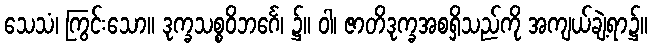
သေသံ၊ ကြွင်းသော။ ဒုက္ခသစ္စဝိဘင်္ဂေ၊ ၌။ ဝါ၊ ဇာတိဒုက္ခအစရှိသည်ကို အကျယ်ချဲ့ရာ၌။